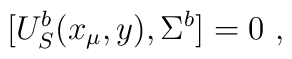
[U^b_S(x_\mu , y),\Sigma^b]=0~,